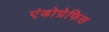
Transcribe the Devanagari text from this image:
एंडोग्रेफिस